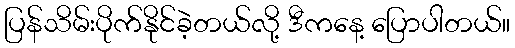
ပြန်သိမ်းပိုက်နိုင်ခဲ့တယ်လို့ ဒီကနေ့ ပြောပါတယ်။